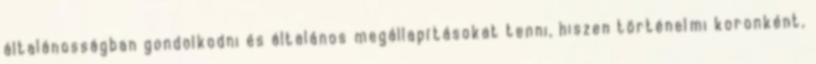
általánosságban gondolkodni és általános megállapításokat tenni, hiszen történelmi koronként,